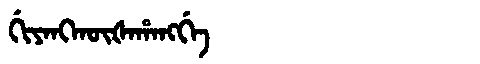
Manchu: ᡤᡳᠶᠠᠩᡴᡡᡧᠠᡥᠠᠩᡤᡝ
Romanization: GIYANGKŪŠAHANGGE